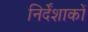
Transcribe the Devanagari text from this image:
निर्देंशाकों